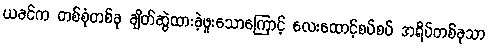
ယခင်က တစ်စုံတစ်ခု ချိတ်ဆွဲထားခဲ့ဖူးသောကြောင့် လေးထောင့်စပ်စပ် အရိပ်တစ်ခုသာ